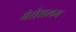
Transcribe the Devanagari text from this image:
येरोशलम